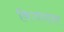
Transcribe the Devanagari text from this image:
विजयास